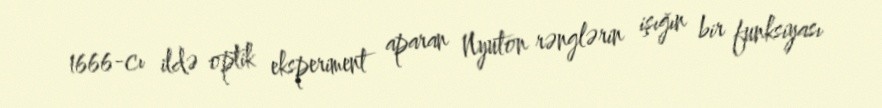
1666-cı ildə optik eksperiment aparan Nyuton rənglərin işığın bir funksiyası